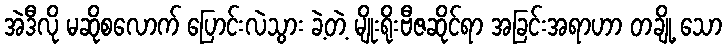
အဲဒီလို မဆိုစလောက် ပြောင်းလဲသွား ခဲ့တဲ့ မျိုးရိုးဗီဇဆိုင်ရာ အခြင်းအရာဟာ တချို့ သော